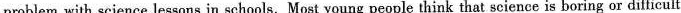
problem with science lessons in schools. Most young people think that science is boring or difficult